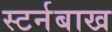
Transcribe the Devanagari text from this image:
स्टर्नबाख